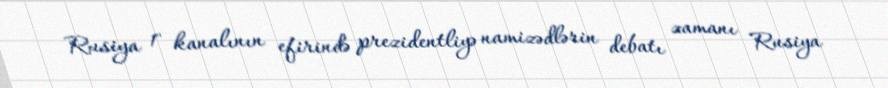
Rusiya 1" kanalının efirində prezidentliyə namizədlərin debatı zamanı Rusiya